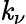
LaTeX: \mathit{k}_{\nu}